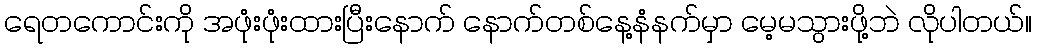
ရေတကောင်းကို အဖုံးဖုံးထားပြီးနောက် နောက်တစ်နေ့နံနက်မှာ မေ့မသွားဖို့ဘဲ လိုပါတယ်။